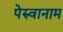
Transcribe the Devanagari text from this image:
पेरुवानाम